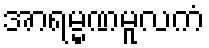
အာရမ္မဏမူလကံ